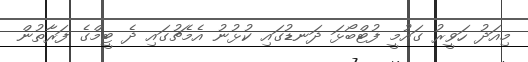
މިއަދު ހަވީރު ގައުމީ ފުޓްބޯޅަ ދަނޑުގައި ކުޅުނު އެމެޗުގައި ދެ ޓީމްގެ ފަރާތުން